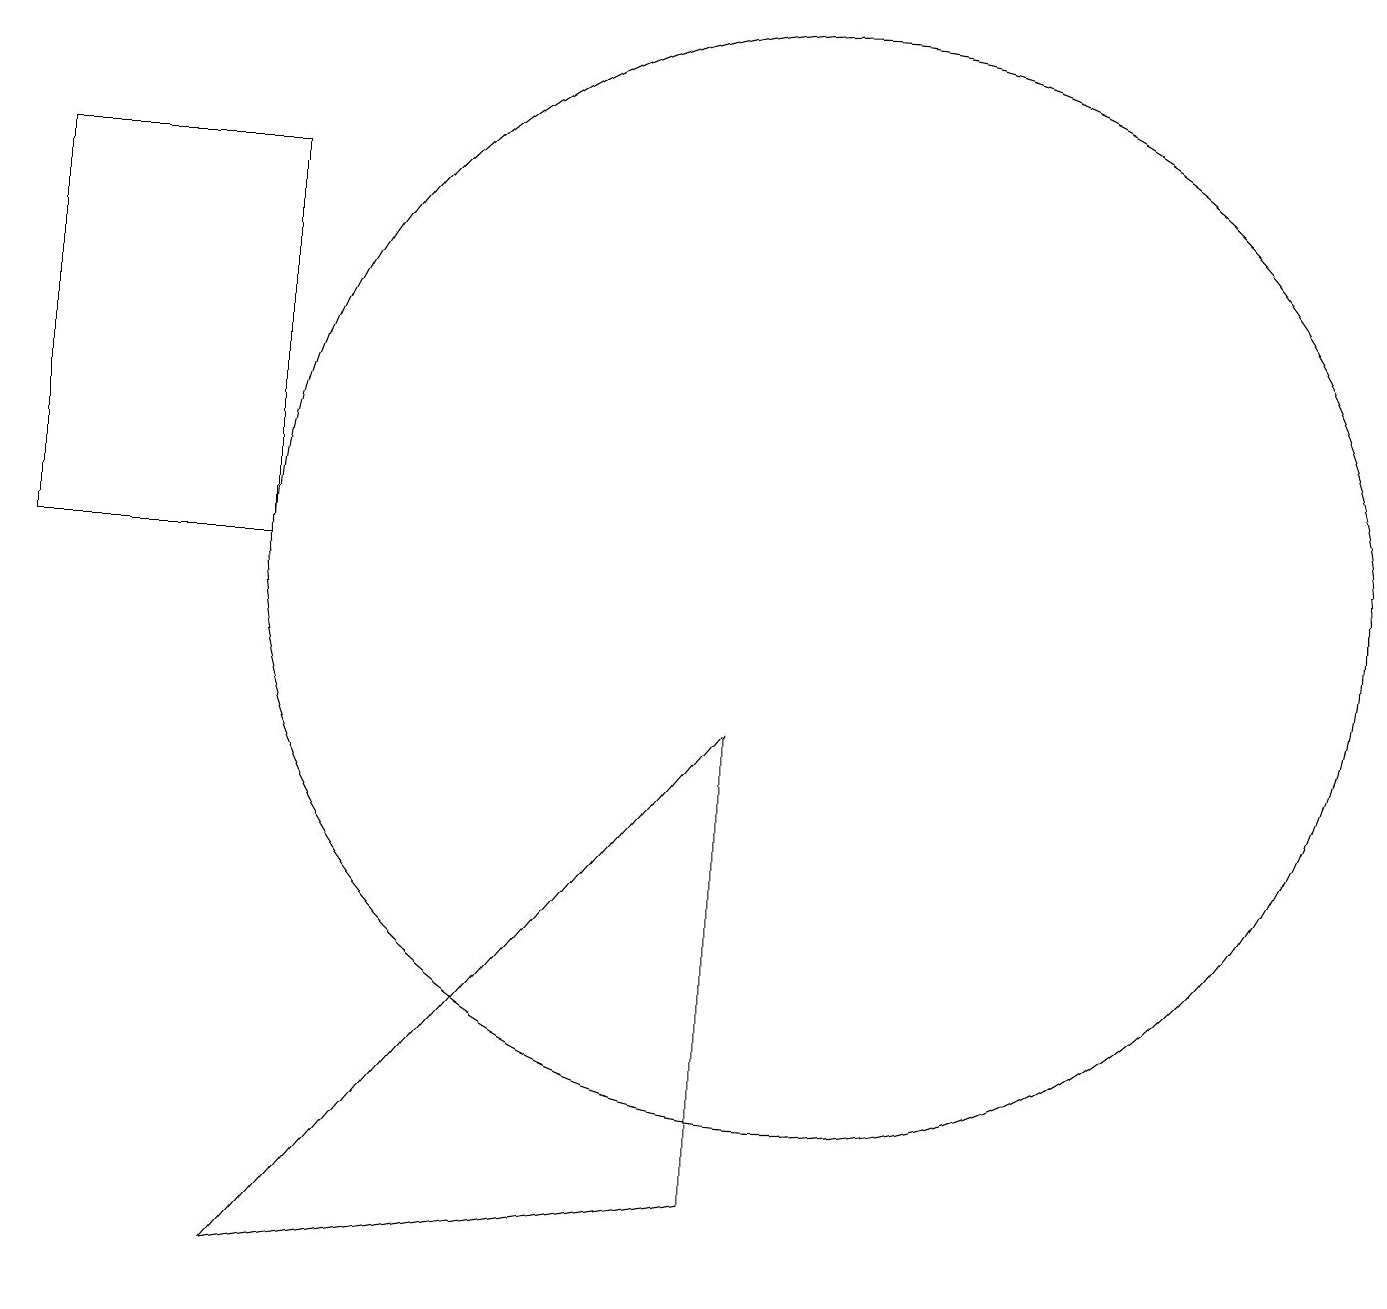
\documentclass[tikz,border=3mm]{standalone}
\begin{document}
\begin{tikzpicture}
\draw (0,11) rectangle (3,16);
\draw (9,9) -- (3,2) -- (9,3) -- cycle;
\draw (10,11) circle (7);
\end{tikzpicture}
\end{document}